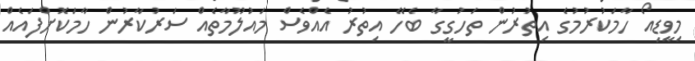
މިވީޑިއޯ ހާމަކުރުމުގެ އިތުރުން ތަހުގީގާ ބެހޭ އިތުރު އެއްވެސް މައުލޫމާތެއް ސަރުކާރުން ހާމަކޮށްފައެއް